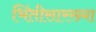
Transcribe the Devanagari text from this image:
भिंतीसारख्या